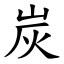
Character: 炭